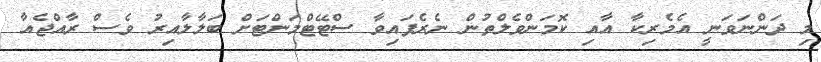
މި ދަންނަވަނީ އެމެރިކާ އާއި ކޮމަންވެލްތުން ނެރެފައިވާ ސްޓޭޓްމަންޓަަށް ބަލާލާއިރު ވެސް ރާއްޖެއާ